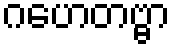
ဂဟေတဗ္ဗာ